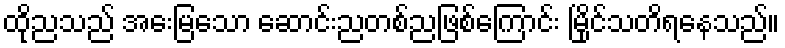
ထိုညသည် အေးမြသော ဆောင်းညတစ်ညဖြစ်ကြောင်း မြိုင်သတိရနေသည်။